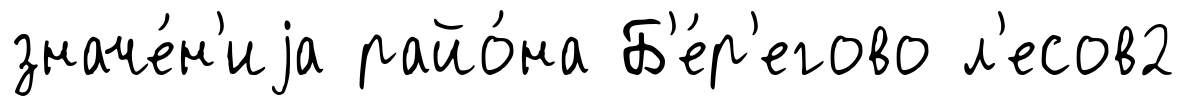
значе́н'иjа райо́на Б'е́р'егово л'есов2